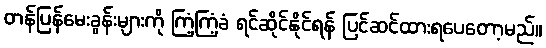
တန်ပြန်မေးခွန်းများကို ကြံ့ကြံ့ခံ ရင်ဆိုင်နိုင်ရန် ပြင်ဆင်ထားရပေတော့မည်။